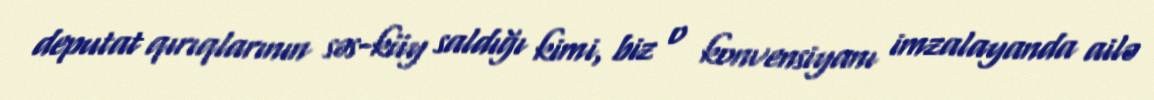
deputat qırıqlarının səs-küy saldığı kimi, biz o konvensiyanı imzalayanda ailə